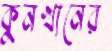
কুনখানের